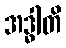
အဒ္ဓါတိ